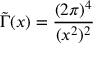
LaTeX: \tilde { \Gamma } ( x ) = \frac { ( 2 \pi ) ^ { 4 } } { ( x ^ { 2 } ) ^ { 2 } }